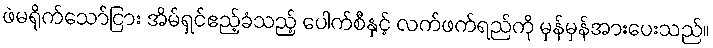
ဖဲမရိုက်သော်ငြား အိမ်ရှင်ဧည့်ခံသည့် ပေါက်စီနှင့် လက်ဖက်ရည်ကို မှန်မှန်အားပေးသည်။